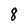
Character: 8